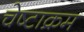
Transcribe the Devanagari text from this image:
चेष्टाक्रम